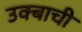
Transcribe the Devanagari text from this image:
उक्बाची